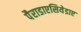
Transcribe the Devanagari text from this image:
पैराडाएसियेडाए